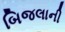
બિજલાની